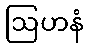
ဩဟနံ